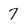
Character: 7